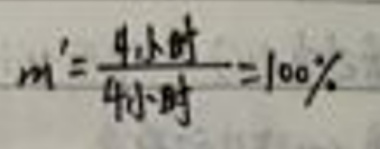
\(m'=\frac{4.5kg}{4.5kg}=100\%\)